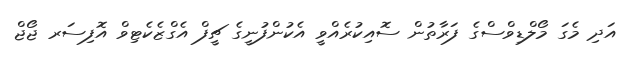
އަދި މެގަ މޯލްޑިވްސްގެ ފަރާތުން ސޮއިކުރެެއްވީ އެކުންފުނީގެ ޗީފް އެގްޒެކެޓިވް އޮފިސަރ ޖޯޖް